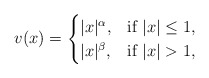
\begin{align*}v(x)=\begin{cases} |x|^\alpha, & \textup{if} \ |x|\le 1, \\ |x|^\beta, &\textup{if} \ |x|>1, \end{cases}\end{align*}